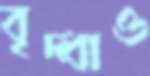
বৃদ্ধাও